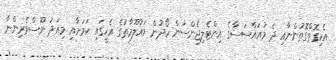
އެކިގޮތްގޮތުންނާއި ދެ މުއައްސަސާގެ އިންޓެލިޖެންސުން ހޯދުން މައުލޫމާތުގެ އެހީގައި ކަމަށާއި މިއަދު ނޫސްވެރިންނާ